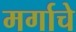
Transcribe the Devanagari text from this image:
मर्गाचे